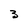
Character: 3